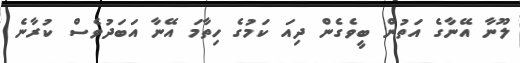
ލޫނާ އޭނާގެ އަތުން ބީވެގެން ދިއަ ކަމުގެ ހިތާމަ އޭނާ އަބަދުވެސް ކުރާނެ